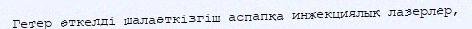
Гетер өткелді шалаөткізгіш аспапқа инжекциялық лазерлер,